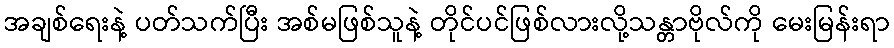
အချစ်ရေးနဲ့ ပတ်သက်ပြီး အစ်မဖြစ်သူနဲ့ တိုင်ပင်ဖြစ်လားလို့သန္တာဗိုလ်ကို မေးမြန်းရာ